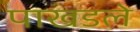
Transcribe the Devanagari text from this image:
पाखडले